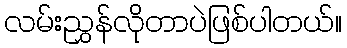
လမ်းညွှန်လိုတာပဲဖြစ်ပါတယ်။